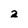
Character: 2